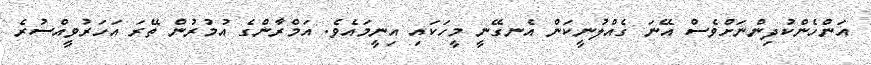
އަންހެންކުދިންނަށްވެސް އޭނަ ގެއްލުނީކަން އެނގޭނީ މީހަކައި އިނީމައެވެ. އަމްރާންގެ އުމުރުން ތޭރަ އަހަރުވީއްސުރެ